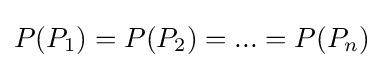
P(P_{1})=P(P_{2})=...=P(P_{n})